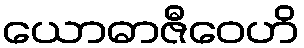
ယောဓာဇီဝေဟိ